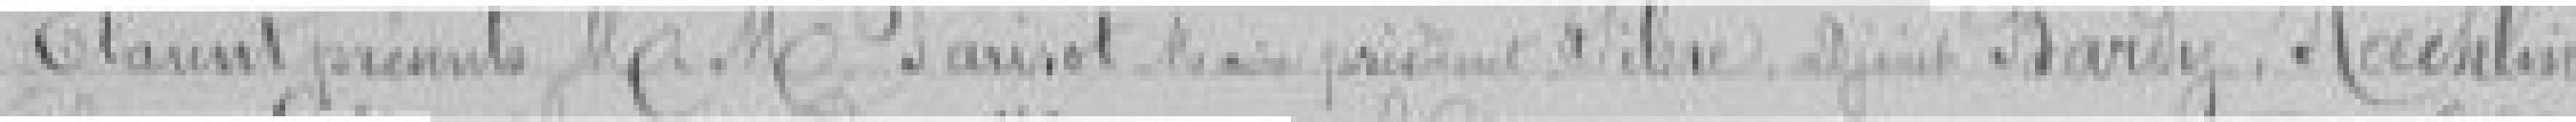
Etaient présents Messieurs PARISOT Maire, président SIBRE, adjoint BARDY, KAEHLIN ?